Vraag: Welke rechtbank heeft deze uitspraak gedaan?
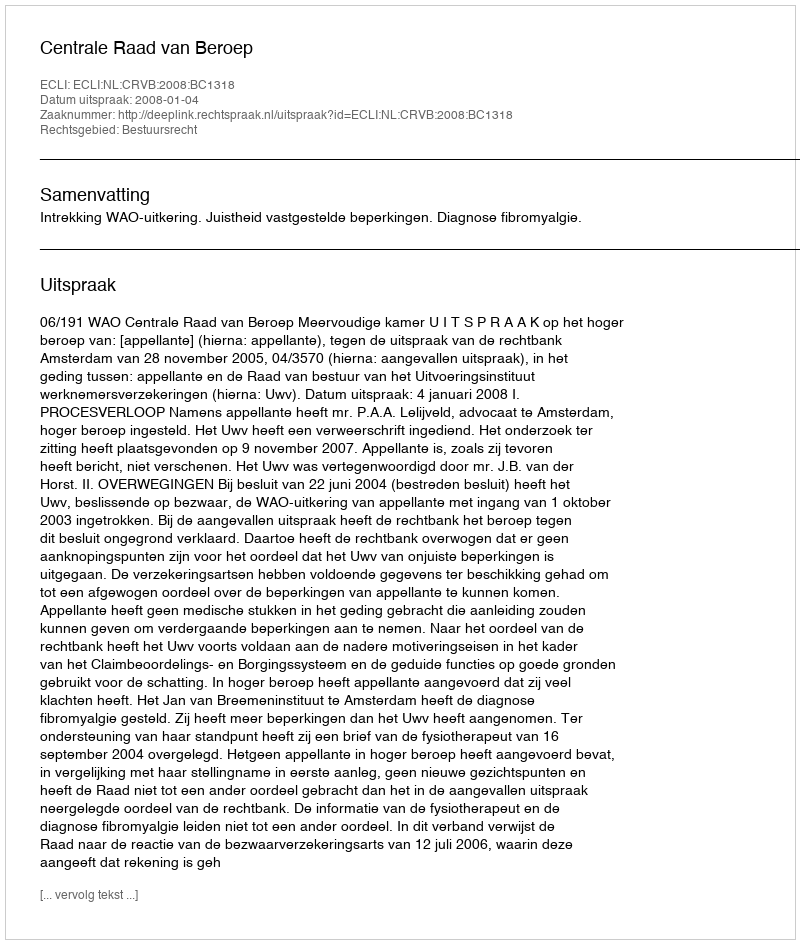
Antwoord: Centrale Raad van Beroep